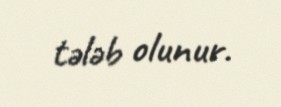
tələb olunur.